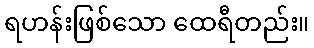
ရဟန်းဖြစ်သော ထေရီတည်း။